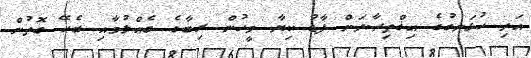
އަދި ހުޅަނގުގެ އިޤްތިޞާދަށް ފާޑު ކިޔާ މީހުން ރިބާގެ ގެއްލުމާއި ބެހޭ ގޮތުން